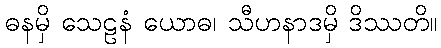
ဓနမှိ သေဠနံ ယောဓ၊ သီဟနာဒမှိ ဒိဿတိ။